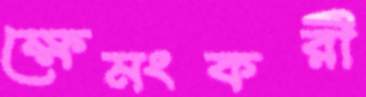
ক্ষেমংকরী